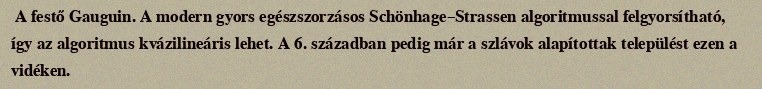
A festő Gauguin. A modern gyors egészszorzásos Schönhage–Strassen algoritmussal felgyorsítható, így az algoritmus kvázilineáris lehet. A 6. században pedig már a szlávok alapítottak települést ezen a vidéken.